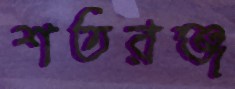
শতরঞ্জ